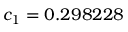
c _ { 1 } = 0 . 2 9 8 2 2 8